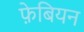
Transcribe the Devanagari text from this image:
फे़बियन